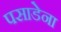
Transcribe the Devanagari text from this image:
पसाडेना